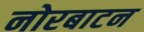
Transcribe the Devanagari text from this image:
नोरबाटन